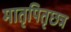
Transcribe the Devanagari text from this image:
मातृपितृछत्र